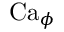
\mathrm { C a } _ { \phi }